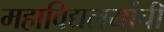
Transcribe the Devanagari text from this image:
महाविद्यलयांची